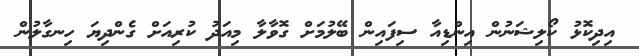
އިދިކޮޅު ކޯލިޝަނުން އިންޑިއާ ސިފައިން ބޭލުމަށް ގޮވާލާ މިއަދު ކުރިއަށް ގެންދިޔަ ހިނގާލުން